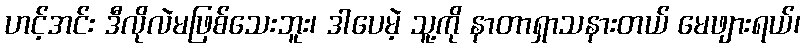
ဟင့်အင်း ဒီလိုလဲမဖြစ်သေးဘူး၊ ဒါပေမဲ့ သူ့ကို နာတာရှာသနားတယ် မေဖျားရယ်၊